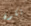
تكون